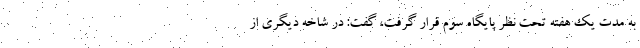
به مدت یک هفته تحت نظر پایگاه سوم قرار گرفت، گفت: در شاخه دیگری از